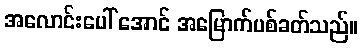
အလောင်းပေါ် အောင် အမြောက်ပစ်ခတ်သည်။